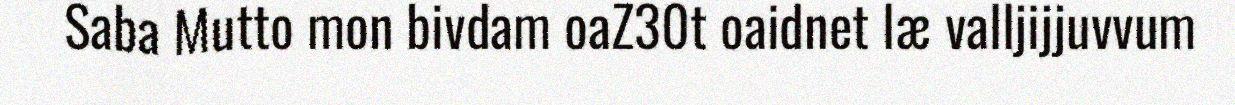
Saba Mutto mon bivdam oaZ30t oaidnet læ valljijjuvvum